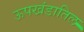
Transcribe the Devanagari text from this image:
ऊपखंडातिल